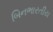
બિનભારતીય